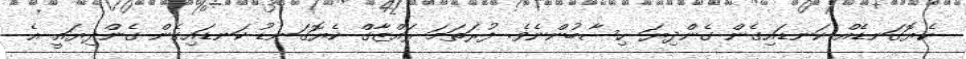
ކެޔޮގަނޑެއް ކަނޑައިގެން ގެންދިޔަ ހިސާބުންނެވެ. ފުރަތަމަ ރައްޒާގް ކެޔޮގަނޑު ކަނޑައިގެން ގެންދިޔައީ އެ